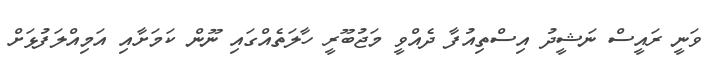
ވަނީ ރައީސް ނަޝީދު އިސްތިއުފާ ދެއްވީ މަޖުބޫރީ ހާލަތެއްގައި ނޫން ކަމަށާއި އަމިއްލަފުޅަށް